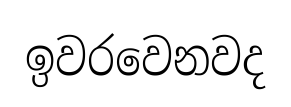
ඉවරවෙනවද